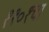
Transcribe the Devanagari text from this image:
११०१चा